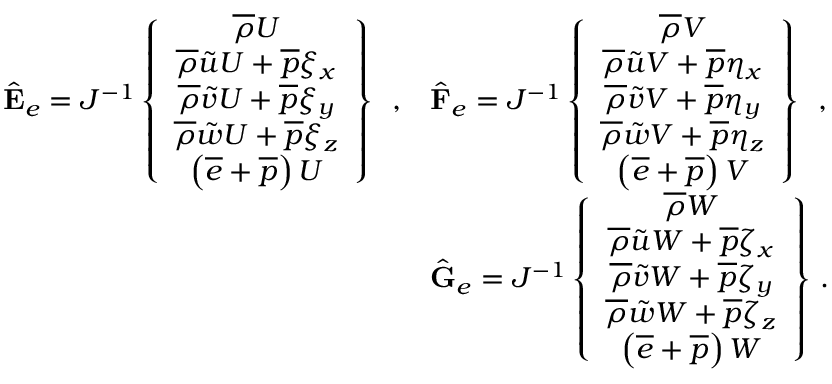
\begin{array} { r l r } { \hat { \mathbf { E } } _ { e } = J ^ { - 1 } \left\{ \begin{array} { c } { \overline { { \rho } } U } \\ { \overline { { \rho } } \tilde { u } U + \overline { { p } } \xi _ { x } } \\ { \overline { { \rho } } \tilde { v } U + \overline { { p } } \xi _ { y } } \\ { \overline { { \rho } } \tilde { w } U + \overline { { p } } \xi _ { z } } \\ { \left( \overline { { e } } + \overline { { p } } \right) U } \end{array} \right\} \, \mathrm { ~ , } } & { \hat { \mathbf { F } } _ { e } = J ^ { - 1 } \left\{ \begin{array} { c } { \overline { { \rho } } V } \\ { \overline { { \rho } } \tilde { u } V + \overline { { p } } \eta _ { x } } \\ { \overline { { \rho } } \tilde { v } V + \overline { { p } } \eta _ { y } } \\ { \overline { { \rho } } \tilde { w } V + \overline { { p } } \eta _ { z } } \\ { \left( \overline { { e } } + \overline { { p } } \right) V } \end{array} \right\} \, \mathrm { ~ , } } & \\ & { \hat { \mathbf { G } } _ { e } = J ^ { - 1 } \left\{ \begin{array} { c } { \overline { { \rho } } W } \\ { \overline { { \rho } } \tilde { u } W + \overline { { p } } \zeta _ { x } } \\ { \overline { { \rho } } \tilde { v } W + \overline { { p } } \zeta _ { y } } \\ { \overline { { \rho } } \tilde { w } W + \overline { { p } } \zeta _ { z } } \\ { \left( \overline { { e } } + \overline { { p } } \right) W } \end{array} \right\} \, \mathrm { . } } & \end{array}